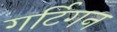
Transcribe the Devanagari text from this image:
गर्टिगन